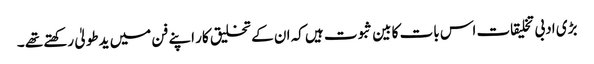
بڑی ادبی تخلیقات اس بات کا بین ثبوت ہیں کہ ان کے تخلیق کار اپنے فن میں یدطولیٰ رکھتے تھے ۔